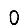
Digit: 0